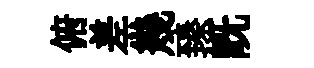
俯差幾臻旣